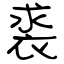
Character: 裘